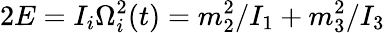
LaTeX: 2E=I_{i}\Omega_{i}^{2}(t)=m_{2}^{2}/I_{1}+m_{3}^{2}/I_{3}